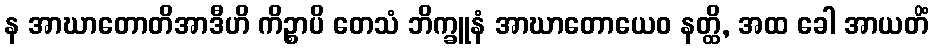
န အာဃာတောတိအာဒီဟိ ကိဉ္စာပိ တေသံ ဘိက္ခူနံ အာဃာတောယေဝ နတ္ထိ, အထ ခေါ အာယတိံ